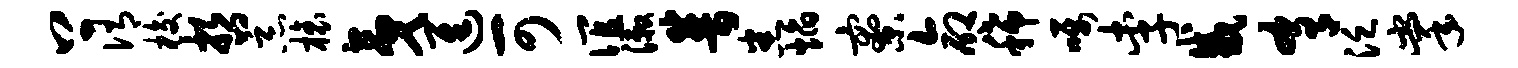
上侑梭哲恶榱夷进可谊漱普悉焰寮命稀嘱李咸肴泛掌